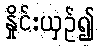
နှိုင်းယှဉ်၍